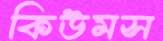
কিউমস